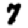
Digit: 7